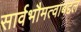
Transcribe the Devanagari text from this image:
सार्वभौमत्वाबद्दल